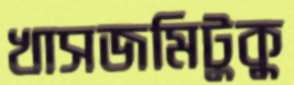
খাসজমিটুকু